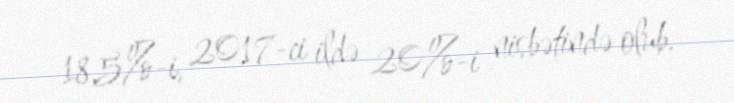
18,5%-i, 2017-ci ildə 20%-i nisbətində olub.